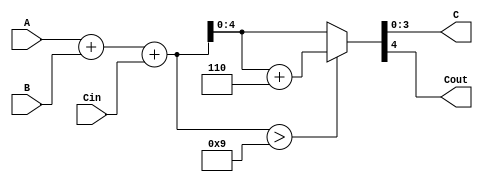
//bcd adder
//data-flow way.
module bcd_adder(A, B, Cin, C, Cout);
input [3:0] A,B;
input Cin;
output [3:0] C;
output Cout;
assign {Cout, C} = (A + B + Cin > 9) ? A + B + Cin + 6 : A + B + Cin;
endmodule